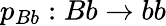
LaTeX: p_{Bb}:Bb\rightarrow bb